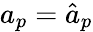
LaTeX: a_{p}=\hat{a}_{p}